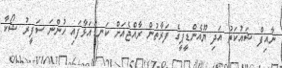
ނާއިފް ޝައުކަތު އަދި ޔޫއެންޑީޕީގެ ފަރާތުން ރާއްޖެއަށް ކަނޑައަޅާފައި ހުންނަ ސަފީރު ޝޯކާ